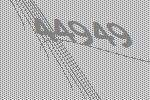
44949